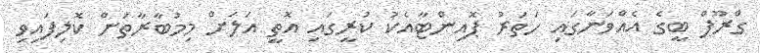
ގްރޫޕް ބީގެ އެއްވަނާގައި ހަތަރު ޕޮއިންޓާއެކު ކުރީގައި އޮތީ އަލަށް މިމުބާރާތަށް ކޮލިފައިވި